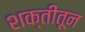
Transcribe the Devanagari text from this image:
शक्तीतून